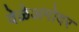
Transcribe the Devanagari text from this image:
वेळेअगोदर